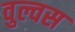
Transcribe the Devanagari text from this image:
वुल्वस